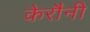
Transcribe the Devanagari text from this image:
केरौनी